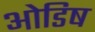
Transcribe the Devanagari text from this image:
ओडिष